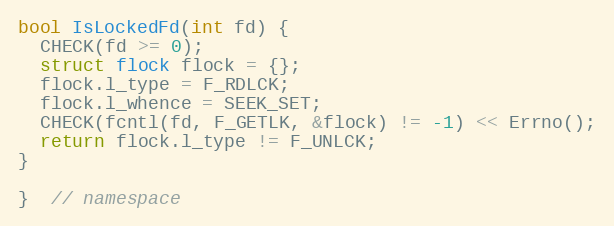
Language: C++
bool IsLockedFd(int fd) {
  CHECK(fd >= 0);
  struct flock flock = {};
  flock.l_type = F_RDLCK;
  flock.l_whence = SEEK_SET;
  CHECK(fcntl(fd, F_GETLK, &flock) != -1) << Errno();
  return flock.l_type != F_UNLCK;
}

}  // namespace